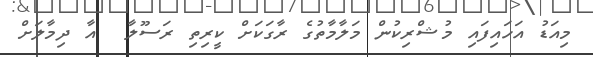
މިއަޑު އަހައިފައި މުޝްރިކުން މަލާމާތުގެ ރާގަކަށް ކީރިތި ރަސޫލާ  އާ ދިމާލަށް